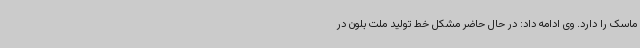
ماسک را دارد. وی ادامه داد: در حال حاضر مشکل خط تولید ملت بلون در